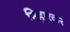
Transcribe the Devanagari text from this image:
निहारकर